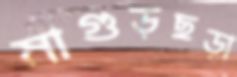
মাগুড়ছড়া